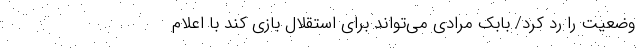
وضعیت را رد کرد/ بابک مرادی می‌تواند برای استقلال بازی کند با اعلام